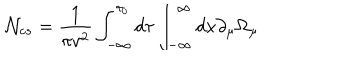
{ \cal N } _ { c s } = \frac { 1 } { \pi v ^ { 2 } } \int _ { - \infty } ^ { \tau _ { 0 } } d \tau \int _ { - \infty } ^ { \infty } d x \partial _ { \mu } \Omega _ { \mu }